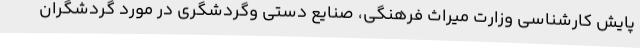
پایش کارشناسی وزارت میراث فرهنگی، صنایع دستی وگردشگری در مورد گردشگران